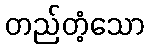
တည်တံ့သော